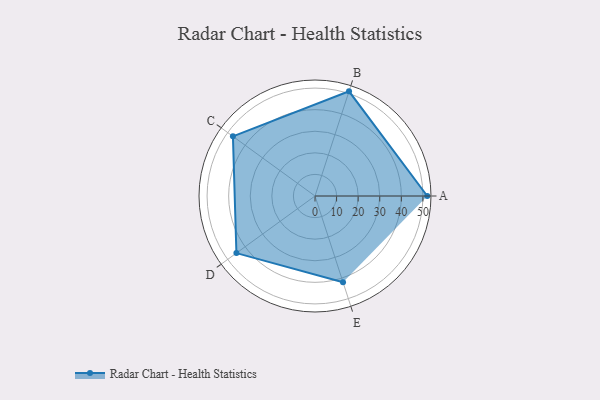
{"axis": {"x": "Skill", "y": "Score"}, "legend": ["Profile"], "data": [{"x": "A", "y": 52.0, "type": "Profile"}, {"x": "B", "y": 51.0, "type": "Profile"}, {"x": "C", "y": 47.0, "type": "Profile"}, {"x": "D", "y": 45.0, "type": "Profile"}, {"x": "E", "y": 42.0, "type": "Profile"}]}